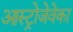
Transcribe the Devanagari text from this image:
आस्ट्रोजेवेका